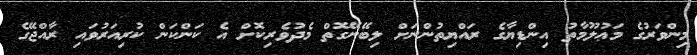
މިންވަރުގެ މަޢުލޫމާތު އިންޑިޔާގެ ރައްޔިތުންނަށް ލިބޭނޭގޮތް މެދުވެރިކޮށް އެ ކަންކަން ކުރިއަރުވައި ރާއްޖޭގެ